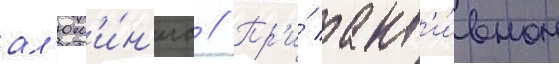
ал'юм'и́н'иа // Пр'и́ акт'и́вном